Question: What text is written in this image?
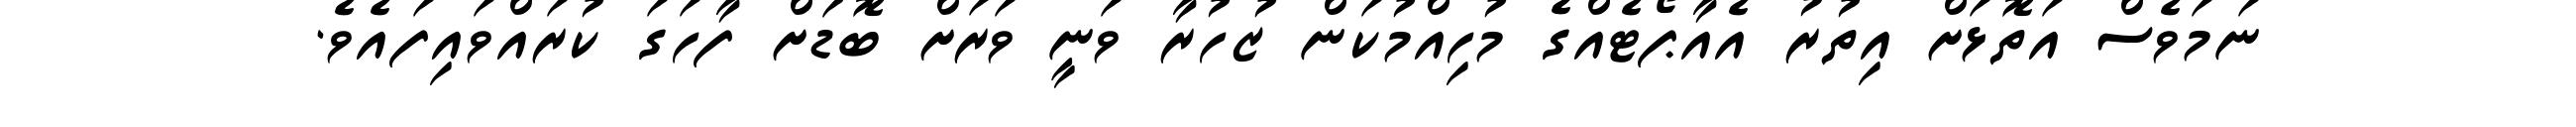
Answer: ނަމަވެސް އަތޮޅަށް އިތުރު އެއާޕޯޓެއްގެ މުހިއްމުކަން ޒުހުރާ ވަނީ ވަރަށް ބޮޑަށް ފާހަގަ ކުރައްވައިފައެވެ.